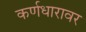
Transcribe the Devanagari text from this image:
कर्णधारावर